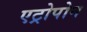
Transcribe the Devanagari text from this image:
एट्रोपोन